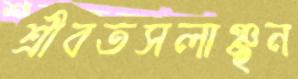
শ্রীবতসলাঞ্ছন